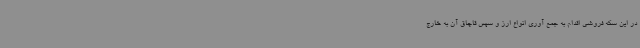
در این سکه فروشی اقدام به جمع آوری انواع ارز و سپس قاچاق آن به خارج